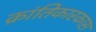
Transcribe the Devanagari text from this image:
क्रांतिकारकास